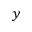
y